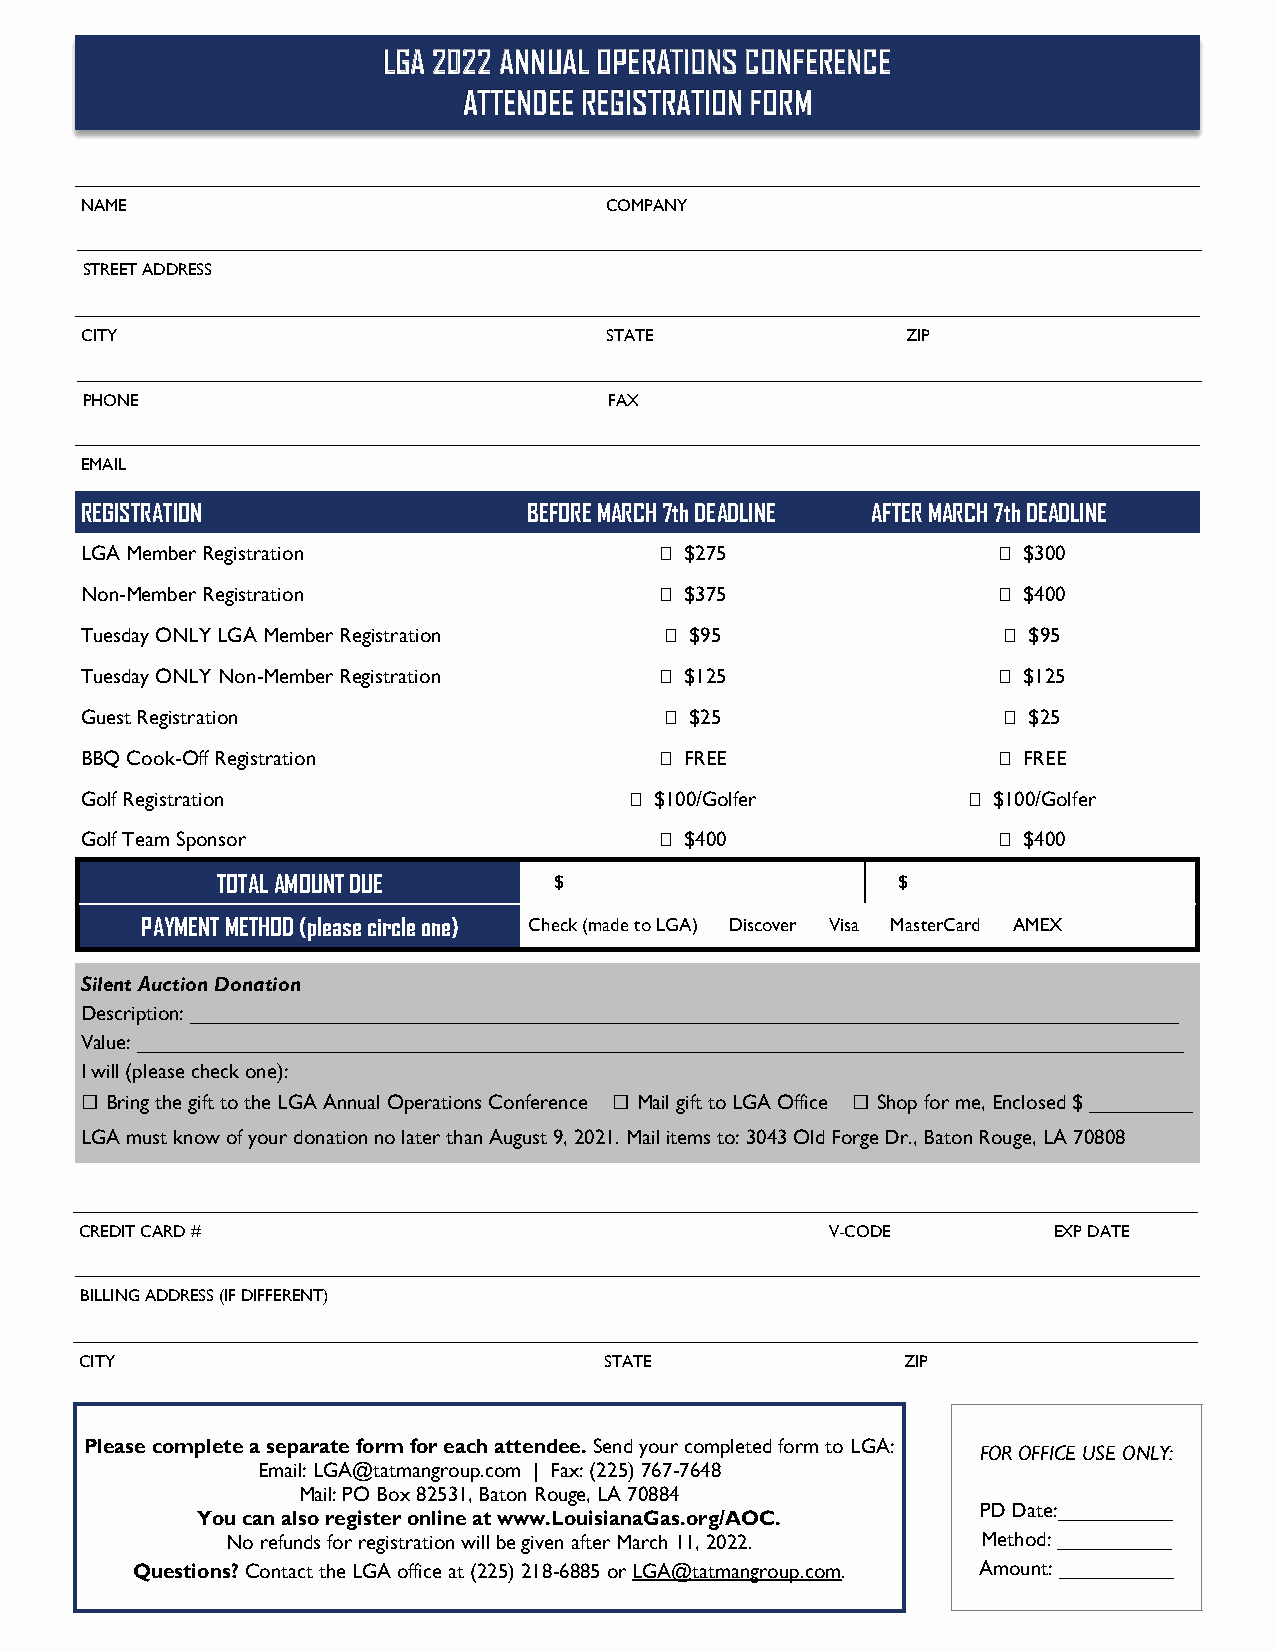
LGA 2022 ANNUAL OPERATIONS CONFERENCE
 ATTENDEE REGISTRATION FORM
 NAME                               COMPANY
 STREET ADDRESS
 CITY                               STATE               ZIP
 PHONE                              FAX
 EMAIL
 REGISTRATION                  BEFORE MARCH 7th DEADLINE AFTER MARCH 7th DEADLINE
 LGA Member Registration                 $275                 $300
 Non-Member Registration                 $375                 $400
 Tuesday ONLY LGA Member Registration    $95                   $95
 Tuesday ONLY Non-Member Registration    $125                 $125
 Guest Registration                      $25                   $25
 BBQ Cook-Off Registration               FREE                 FREE
 Golf Registration                     $100/Golfer          $100/Golfer
 Golf Team Sponsor                       $400                 $400
 TOTAL AMOUNT DUE       $                     $
 PAYMENT METHOD (please circle one) Check (made to LGA) Discover Visa MasterCard AMEX
 Silent Auction Donation
 Description: ______________________________________________________________________________________
 Value: ___________________________________________________________________________________________
 I will (please check one):
 □                                   □              □
 Bring the gift to the LGA Annual Operations Conference Mail gift to LGA Office Shop for me, Enclosed $ _________
 LGA must know of your donation no later than August 9, 2021. Mail items to: 3043 Old Forge Dr., Baton Rouge, LA 70808
 CREDIT CARD #                                     V-CODE         EXP DATE
 BILLING ADDRESS (IF DIFFERENT)
 CITY                               STATE               ZIP
 Please complete a separate form for each attendee. Send your completed form to LGA:
 FOR OFFICE USE ONLY:
 Email: LGA@tatmangroup.com | Fax: (225) 767-7648
 Mail: PO Box 82531, Baton Rouge, LA 70884
 PD Date:__________
 You can also register online at www.LouisianaGas.org/AOC.
 No refunds for registration will be given after March 11, 2022. Method: __________
 Questions? Contact the LGA office at (225) 218-6885 or LGA@tatmangroup.com. Amount: __________